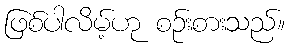
ဖြစ်ပါလိမ့်ဟု စဉ်းစားသည်။